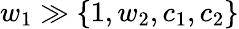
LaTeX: w_{1}\gg\{ 1,w_{2},c_{1},c_{2}\}